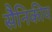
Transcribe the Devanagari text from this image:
सैनिकीय